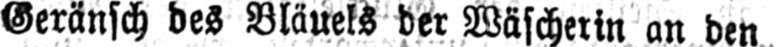
Geränsch des Bläuels der Wäscherin an den